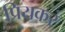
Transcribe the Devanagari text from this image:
प्रियकरं